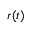
r ( t )